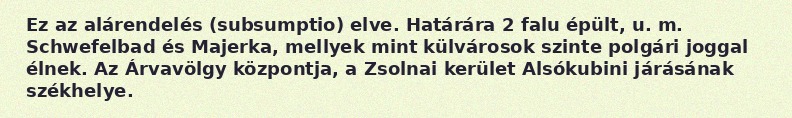
Ez az alárendelés (subsumptio) elve. Határára 2 falu épült, u. m. Schwefelbad és Majerka, mellyek mint külvárosok szinte polgári joggal élnek. Az Árvavölgy központja, a Zsolnai kerület Alsókubini járásának székhelye.